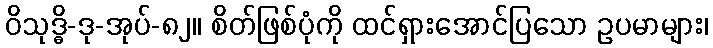
ဝိသုဒ္ဓိ-ဒု-အုပ်-၈၂။ စိတ်ဖြစ်ပုံကို ထင်ရှားအောင်ပြသော ဥပမာများ၊